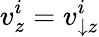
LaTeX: v_{z}^{i}=v_{\downarrow z}^{i}